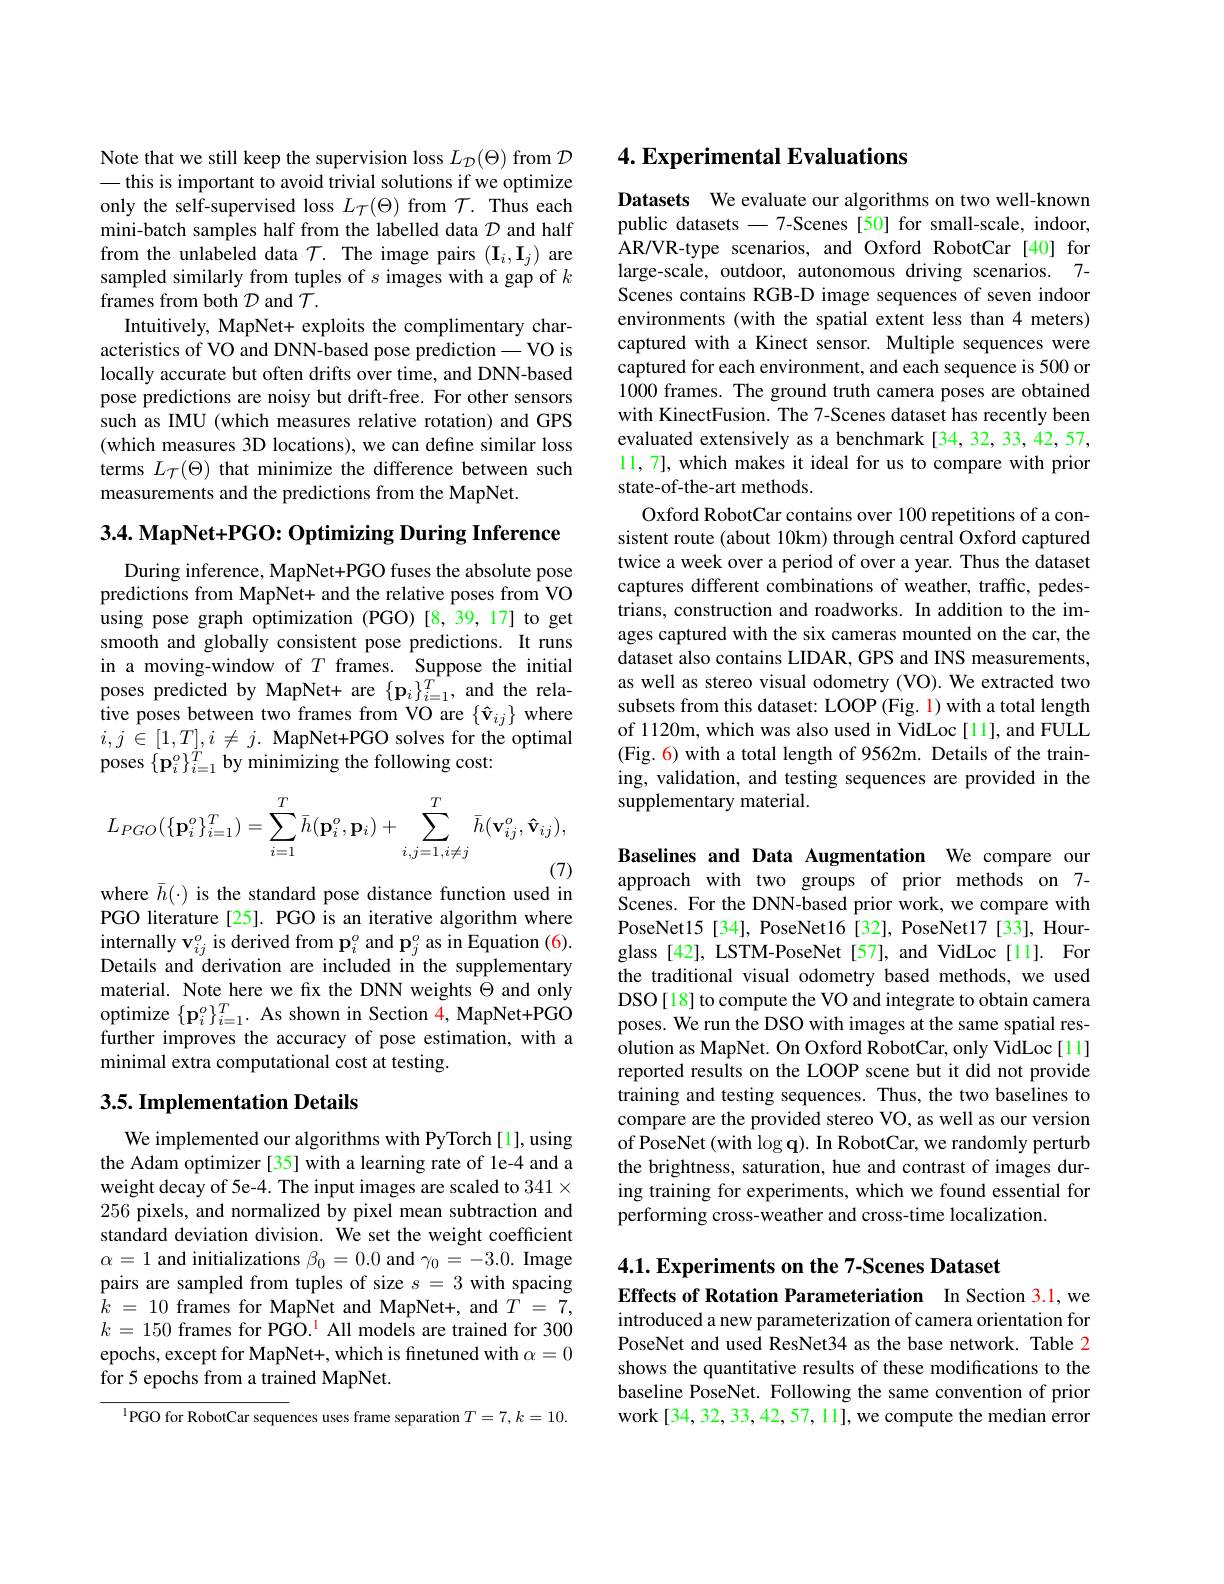
Note that we still keep the supervision loss $L_\mathcal{D}(\Theta)$ from $\mathcal{D}$ — this is important to avoid trivial solutions if we optimize only the self-supervised loss $L_{\mathcal{T}}(\Theta)$ from $\mathcal{T}.$ Thus each mini-batch samples half from the labelled data $\mathcal{D}$ and half from the unlabeled data $\mathcal{T}.$ The image pairs $(\mathbf{I}_i,\mathbf{I}_j)$ are sampled similarly from tuples of $s$ images with a gap of $k$ frames from both $\mathcal{D}$ and $\bar{\mathcal{T}}.$
Intuitively, MapNet+ exploits the complimentary characteristics of VO and DNN-based pose prediction-VO is locally accurate but often drifts over time, and DNN-based pose predictions are noisy but drift-free. For other sensors such as IMU (which measures relative rotation) and GPS (which measures 3D locations), we can define similar loss terms $L_{\mathcal{T}}(\Theta)$ that minimize the difference between such measurements and the predictions from the MapNet.

$3. 4. \textbf{ MapNet+ PGO: Optimizing During Inference}$

During inference, MapNet+PGO fuses the absolute pose predictions from MapNet+ and the relative poses from VO using pose graph optimization (PGO)[8,39,17] to get smooth and globally consistent pose predictions. It runs in a moving-window of $T$ frames. Suppose the initial poses predicted by MapNet+ are $\{\mathbf{p}_{i}\}_{i=1}^{T}$, and the relative poses between two frames from VO are $\{\hat{\mathbf{v}}_{ij}\}$ where $i,j\in[1,T],i\neq j.$ MapNet+PGO solves for the optimal poses $\{\mathbf{p}_{i}^{o}\}_{i=1}^{T}$ by minimizing the following cost:
$$L_{PGO}(\{\mathbf{p}_{i}^{o}\}_{i=1}^{T})=\sum_{i=1}^{T}\bar{h}(\mathbf{p}_{i}^{o},\mathbf{p}_{i})+\sum_{i,j=1,i\neq j}^{T}\bar{h}(\mathbf{v}_{ij}^{o},\mathbf{\hat{v}}_{ij}),$$
where $\bar{h}(\cdot)$ is the standard pose distance function used in

PGO literature[25]. PGO is an iterative algorithm where $\begin{array}{c}{\mathrm{internally~v}_{ij}^{o}}&{\mathrm{is~derived~from~p}_{i}^{o}}&{\mathrm{and~p}_{j}^{o}}&{\mathrm{as~in~Equation~(6)}}.\end{array}$ Details and derivation are included in the supplementary material. Note here we fix the DNN weights $\Theta$ and only optimize $\{\mathbf{p}_{i}^{o}\}_{i=1}^{T}.$ As shown in Section 4, MapNet+PGO further improves the accuracy of pose estimation, with a minimal extra computational cost at testing.

### 3.5. Implementation Details

We implemented our algorithms with PyTorch[1], using the Adam optimizer [35] with a learning rate of 1e-4 and a weight decay of 5e-4. The input images are scaled to 341× 256 pixels, and normalized by pixel mean subtraction and standard deviation division. We set the weight coefficient $\alpha=1$ and initializations $\beta_0=0.0$ and $\gamma_0=-3.0.$ Image pairs are sampled from tuples of size $s=3$ with spacing $\hat{k}$ = 10 $\hat {\text{frames for MapNet and MapNet+ , and }T}$ = $\tilde{7} $, $k=150$ frames for PGO.$^{\color{red}{li}}$ All models are trained for 300 epochs, except for MapNet+, which is fnetuned with $\alpha=0$ for 5 epochs from a trained MapNet.

$^{\mathrm{l}}$PGO for RobotCar sequences uses frame separation $T=7,k=10.$

## 4. Experimental Evaluations

Datasets We evaluate our algorithms on two well-known public datasets -7-Scenes [50] for small-scale, indoor, AR/VR-type scenarios, and Oxford RobotCar [40] for large-scale, outdoor, autonomous driving scenarios. 7- Scenes contains RGB-D image sequences of seven indoor environments (with the spatial extent less than 4 meters) captured with a Kinect sensor. Multiple sequences were captured for each environment, and each sequence is 500 or 1000 frames. The ground truth camera poses are obtained with KinectFusion. The 7-Scenes dataset has recently been evaluated extensively as a benchmark [34,32,33,42,57, 11,7], which makes it ideal for us to compare with prior state-of-the-art methods.
Oxford RobotCar contains over 100 repetitions of a consistent route (about 10km) through central Oxford captured twice a week over a period of over a year. Thus the dataset captures different combinations of weather, traffic, pedestrians, construction and roadworks. In addition to the images captured with the six cameras mounted on the car, the dataset also contains LIDAR, GPS and INS measurements, as well as stereo visual odometry (VO). We extracted two subsets from this dataset: LOOP (Fig. 1) with a total length of 1120m, which was also used in VidLoc [11], and FULL (Fig. 6) with a total length of 9562m. Details of the training, validation, and testing sequences are provided in the supplementary material.

Baselines and Data Augmentation We compare our approach with two groups of prior methods on 7- Scenes. For the DNN-based prior work, we compare with PoseNet15[34], PoseNet16[32], PoseNet17[33], Hourglass [42], LSTM-PoseNet [57], and VidLoc [11]. For the traditional visual odometry based methods, we used DSO[18] to compute the VO and integrate to obtain camera poses. We run the DSO with images at the same spatial resolution as MapNet. On Oxford RobotCar, only VidLoc[11] reported results on the LOOP scene but it did not provide training and testing sequences. Thus, the two baselines to compare are the provided stereo VO, as well as our version of PoseNet (with $\log\mathbf{q}).$ In RobotCar, we randomly perturb the brightness, saturation, hue and contrast of images during training for experiments, which we found essential for performing cross-weather and cross-time localization.

# 4.1. Experiments on the 7-Scenes Dataset Effects of Rotation Parameteriation In Section 3.1,we

introduced a new parameterization of camera orientation for PoseNet and used ResNet34 as the base network. Table 2 shows the quantitative results of these modifications to the baseline PoseNet. Following the same convention of prior work[34, 32, 33, 42, 57, 11], we compute the median error